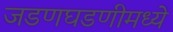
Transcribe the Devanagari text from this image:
जडणघडणीमध्ये